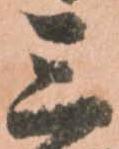
三